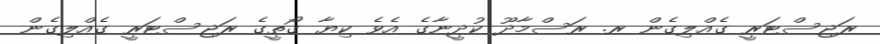
ރަޖިސްޓަރީ ގެއްލިގެން ރ. ރަސްމާދޫ ކުދީނާގެ އެވެ ކިޔާ ގޯތީގެ ރަޖިސްޓަރީ ގެއްލިގެން